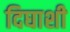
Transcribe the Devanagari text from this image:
दिघाशी